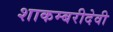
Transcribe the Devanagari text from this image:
शाकम्बरीदेवी